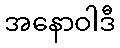
အနောဝါဒီ